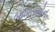
બાબતનોન